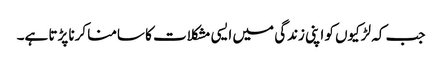
جب کہ لڑکیوں کو اپنی زندگی میں ایسی مشکلات کا سامنا کرنا پڑتا ہے۔